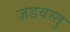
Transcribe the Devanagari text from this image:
जडवस्तु